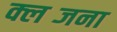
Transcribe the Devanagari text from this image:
क्लब्जना